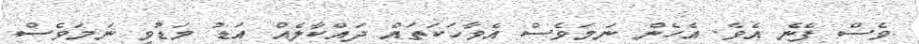
ވެސް ފެނެ އެވެ. އެހެން ނަމަވެސް އެވާހަކަތައް ދައްކާލެއް އަޑު މަޑުވި ނަމަވެސް